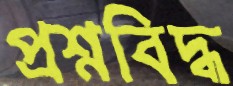
প্রশ্নবিদ্ধ